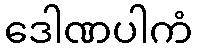
ဒေါဏပါကံ